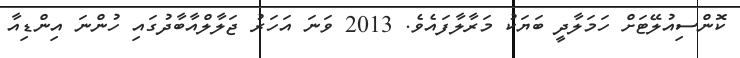
ކޮންސިއުލޭޓަށް ހަމަލާދީ ބަޔަކު މަރާލާފައެވެ. 2013 ވަނަ އަހަރު ޖަލާލްއާބާދުގައި ހުންނަ އިންޑިއާ